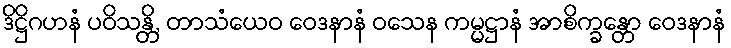
ဒိဋ္ဌိဂဟနံ ပဝိသန္တိ, တာသံယေဝ ဝေဒနာနံ ဝသေန ကမ္မဋ္ဌာနံ အာစိက္ခန္တော ဝေဒနာနံ